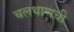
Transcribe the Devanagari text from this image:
चलथाणची